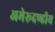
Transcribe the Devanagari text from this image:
अमेरूदण्डीय